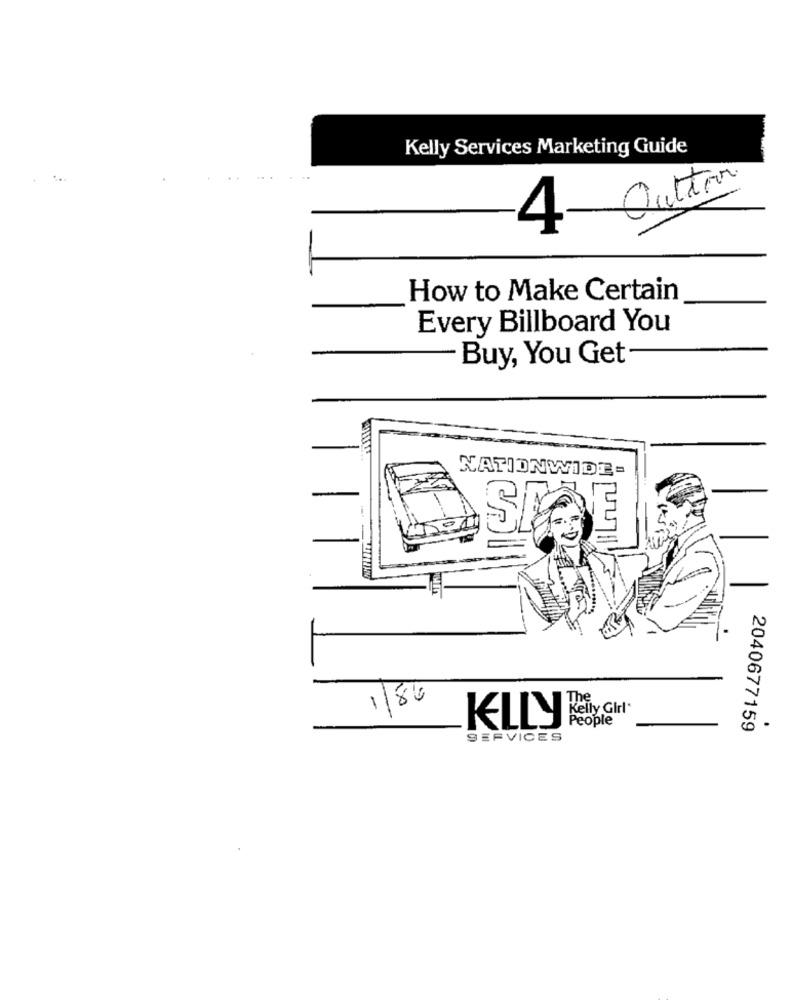
Kelly Services Marketing Guide
Sutter
2
4
How to Make Certain
Every Billboard You
Buy, You Get
NATIONWIDE =
Lr
1/8"
The
Kelly Girl*
KELLY
People
.
2040677159
SERVICES